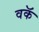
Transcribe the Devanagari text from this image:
वकॅ